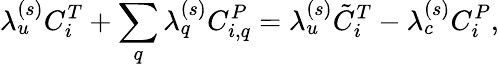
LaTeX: \lambda_{u}^{(s)}C_{i}^{T}+\sum_{q}\lambda_{q}^{(s)}C_{i,q}^{P}=\lambda_{u}^{(s)}\tilde{C}_{i}^{T}-\lambda_{c}^{(s)}C_{i}^{P},